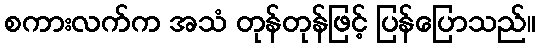
စကားလက်က အသံ တုန်တုန်ဖြင့် ပြန်ပြောသည်။